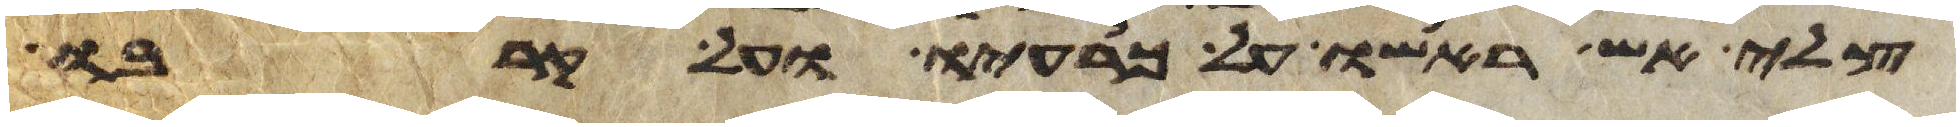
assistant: צלי אש ראשו על כרעיו ועל קרבו